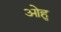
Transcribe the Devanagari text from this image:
ओहु